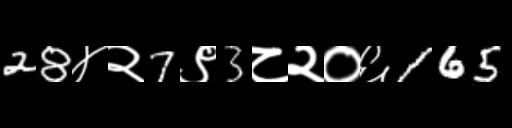
Text: 28४२7९3८२०६165